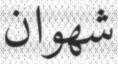
شھوان